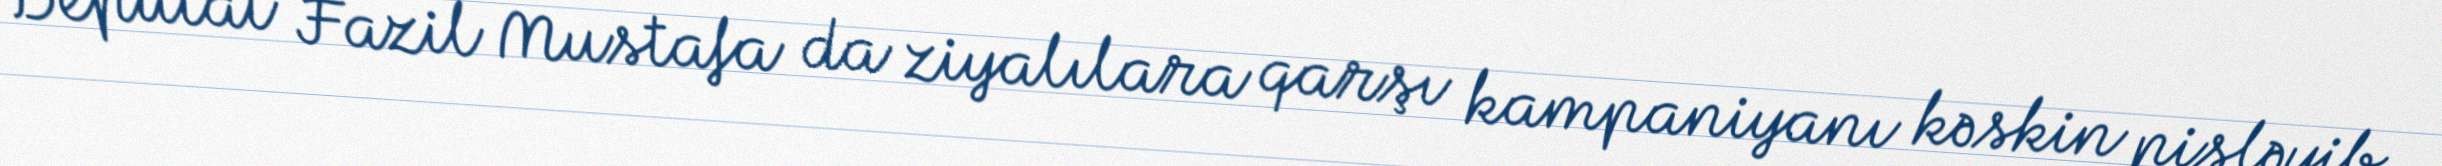
Deputat Fazil Mustafa da ziyalılara qarşı kampaniyanı kəskin pisləyib.